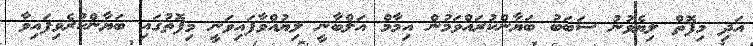
އަދި މިފޮތް ލިޔެވުނު ސަބަބު ބަޔާންކުރައްވަމުން އިމާމް އަލްބާނީ ލިޔުއްވާފައިވަނީ މިފޮތުގައި ބަޔާންކުރެވިފައިވާ